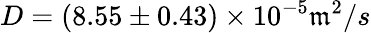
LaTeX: D=(8.55\pm0.43)\times10^{-5}\mathfrak{m}^{2}/s